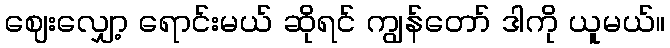
ဈေးလျှော့ ရောင်းမယ် ဆိုရင် ကျွန်တော် ဒါကို ယူမယ်။